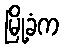
မြို့ခံက